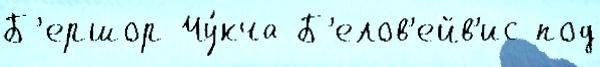
Б'ершор Чу́кча Б'елов'ейв'ис под